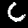
Label: 6